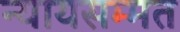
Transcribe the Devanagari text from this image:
न्यायसम्मत